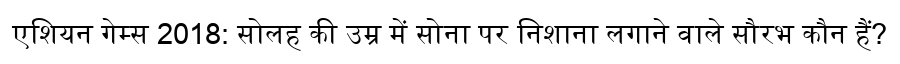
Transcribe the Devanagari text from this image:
एशियन गेम्स 2018: सोलह की उम्र में सोना पर निशाना लगाने वाले सौरभ कौन हैं?